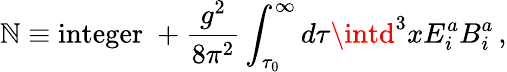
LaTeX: \mathbb{N}\equiv\mathrm{{integer}}\; +\frac{{g^{2}}}{{8\pi^{2}}}\int_{\tau_{0}}^{\infty}d\tau\intd^{3}xE_{i}^{a}B_{i}^{a}\, ,